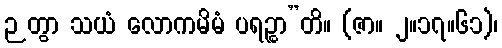
ဉတွာ သယံ လောကမိမံ ပရဉ္စာ”တိ။ (ဇာ။ ၂။၁၇။၆၁)၊